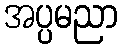
အပ္ပမညာ